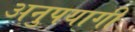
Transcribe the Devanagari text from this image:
अनुपयागी